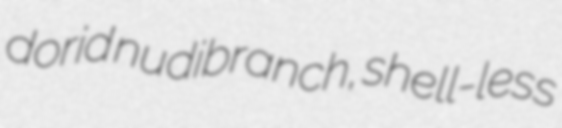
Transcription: dorid nudibranch, shell-less